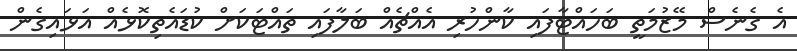
އެ ގެނެސް މޭޒުމަތީ ބަހައްޓާފައި ކާންހުރި އެއްޗެއް ބަލާފައި ތައްޓަކަށް ކުޑައެތިކޮޅެއް އަޅައިގެން